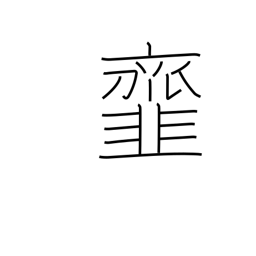
Meaning: dress (salad) vegetables